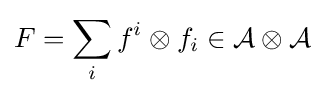
F=\sum _{i}f^{i}\otimes f_{i}\in {\mathcal {A\otimes A}}